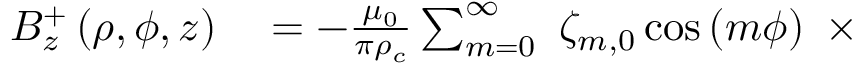
\begin{array} { r l } { B _ { z } ^ { + } \left( \rho , \phi , z \right) } & { { } = - \frac { \mu _ { 0 } } { \pi \rho _ { c } } \sum _ { m = 0 } ^ { \infty } \ \zeta _ { m , 0 } \cos \left( m \phi \right) \ \times } \end{array}